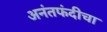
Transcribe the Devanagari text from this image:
अनंतफंदीचा